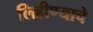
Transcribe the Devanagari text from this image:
लिहीण्याचे